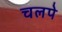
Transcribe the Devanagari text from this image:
चलपे